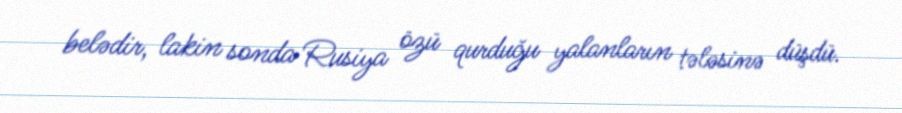
belədir, lakin sonda Rusiya özü qurduğu yalanların tələsinə düşdü.